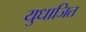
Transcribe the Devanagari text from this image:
युधाजित